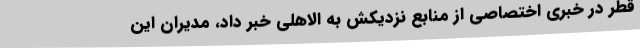
قطر در خبری اختصاصی از منابع نزدیکش به الاهلی خبر داد، مدیران این